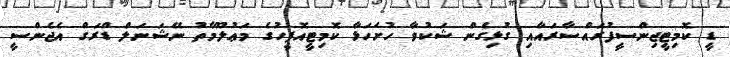
ޑީ ކޮމިޓީޖިންސީފުރައްސާރައާއި ގުޅިގެން ޝަކުވާ ހުށަހަޅާ ކޮމިޓީއޮފީހުގެ މަޢުލޫމާތު ނޭޝަނަލް ޑްރަގް އެޖެންސީ